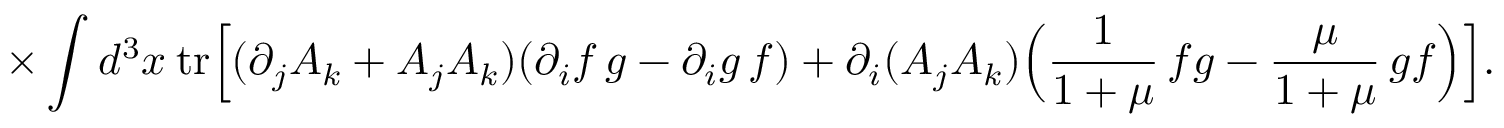
{ \times } \int { d ^ { 3 } x \: \mathrm { t r } \Bigl [ ( \partial _ { j } A _ { k } + A _ { j } A _ { k } ) ( \partial _ { i } f \, g - \partial _ { i } g \, f ) + \partial _ { i } ( A _ { j } A _ { k } ) \Bigl ( \frac { 1 } { 1 + \mu } \, f g - \frac { \mu } { 1 + \mu } \, g f \Bigr ) \Bigr ] } .